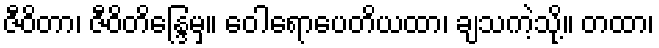
ဇီဝိတာ၊ ဇီဝိတိန္ဒြေမှ။ ဝေါရောပေတိယထာ၊ ချသကဲ့သို့။ တထာ၊